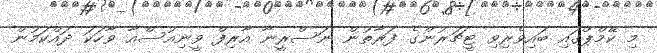
މި ކޭމްޕްގައި ބައިވެރިވި ޓީޗަރުންގެ ފަރާތުން ނަސްރީނާ އާރިފް ވީނިއުސްއާ ވާހަކަ ދައްކަމުން